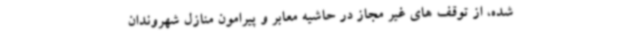
شده، از توقف های غیر مجاز در حاشیه معابر و پیرامون منازل شهروندان